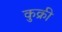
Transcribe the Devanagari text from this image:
कुक्री